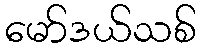
မော်ဒယ်သစ်